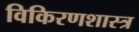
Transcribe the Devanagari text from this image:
विकिरणशास्त्र